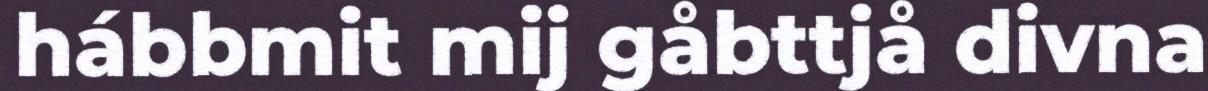
hábbmit mij gåbttjå divna